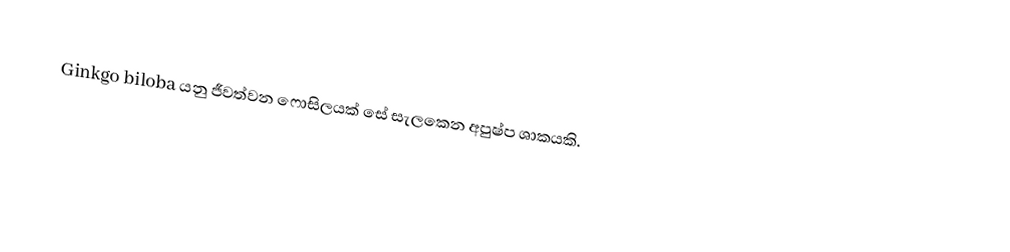
Ginkgo biloba යනු ජීවත්වන ෆොසිලයක් සේ සැලකෙන අපුෂ්ප ශාකයකි.